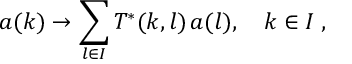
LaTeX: a ( k ) \to \sum _ { l \in { \cal I } } T ^ { * } ( k , l ) \, a ( l ) , \quad k \in { \cal I } \; ,